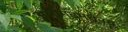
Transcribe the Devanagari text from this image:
अलीगढमधूनच